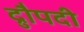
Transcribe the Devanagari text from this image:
द्रुौपदी